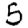
Digit: 5